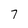
Character: 7